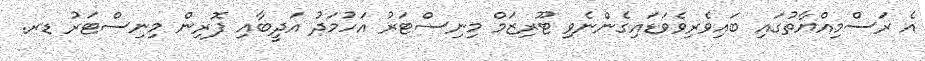
އެ ރަސްމިއްޔާތުގައި ބައިވެރިވެވަޑައިގެންނެވި ޓޫރިޒަމް މިނިސްޓަރު އަހުމަދު އަދީބާއި ފޮރިން މިނިސްޓަރު ޑރ.